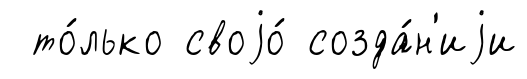
то́лько своjо́ созда́н'иjи